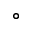
^ \circ